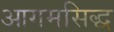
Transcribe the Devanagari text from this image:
आगमसिद्ध